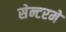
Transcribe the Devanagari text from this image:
सेन्टरमे